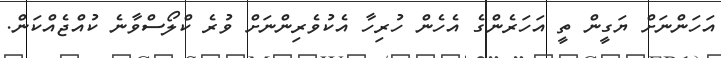
އަހަންނަށް ޔަގީން ތީ އަހަރެންގެ އެހެން ހުރިހާ އެކުވެރިންނަށް ވުރެ ކްލޯސްވާނެ ކުއްޖެއްކަން.